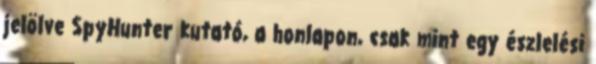
jelölve SpyHunter kutató, a honlapon, csak mint egy észlelési